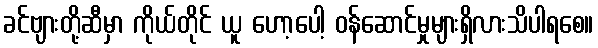
ခင်ဗျားတို့ဆီမှာ ကိုယ်တိုင် ယူ ဟော့ပေါ့ ဝန်ဆောင်မှုများရှိလားသိပါရစေ။